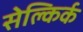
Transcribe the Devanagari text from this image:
सेल्किर्क